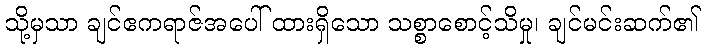
သို့မှသာ ချင်ဧကရာဇ်အပေါ် ထားရှိသော သစ္စာစောင့်သိမှု၊ ချင်မင်းဆက်၏